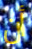
أن